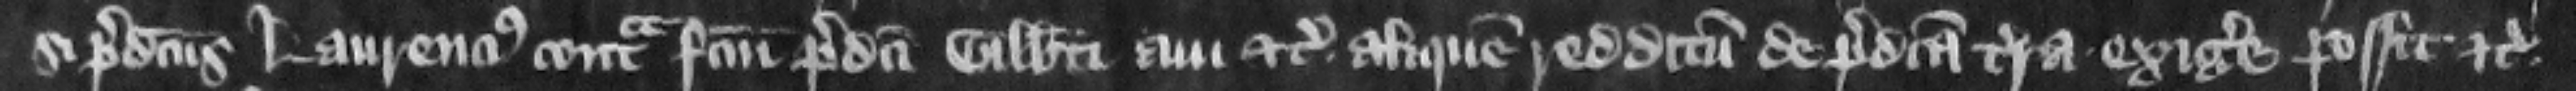
si predictus Laurencius contra factum predicti Gilberti aui etc. aliquem redditum de predicta terra exigere possit etc.